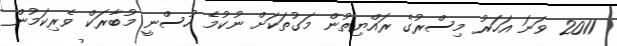
2011 ވަނަ އަހަރު މިސްރުގެ ރައްޔިތުން މަގުތަކަށް ނުކުމެ ހުސްނީ މުބާރަކް ވެރިކަމުން